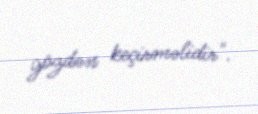
gözdən keçirməlidir".